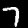
Digit: 7